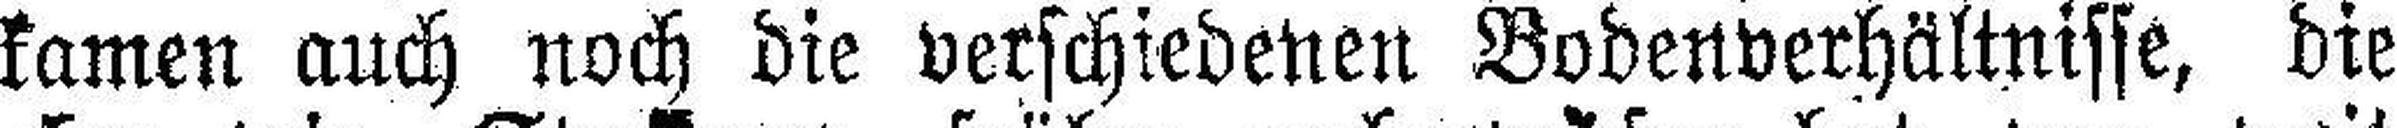
kamen auch noch die verschiedenen Bodenverhältnisse, die